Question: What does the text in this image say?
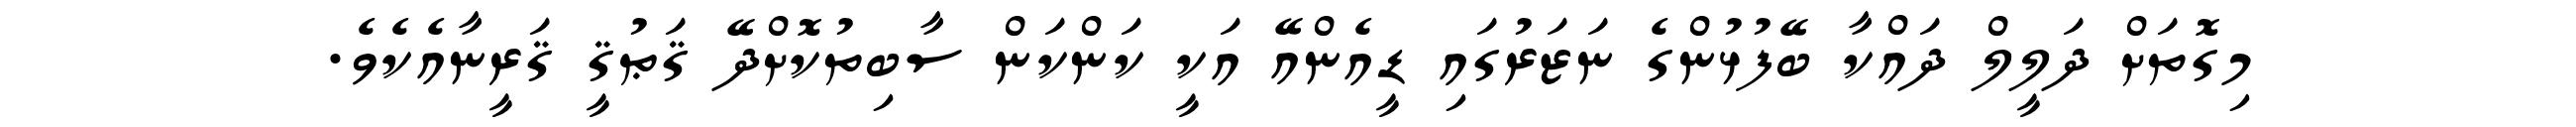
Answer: މިގޮތަށް ދަލީލް ދައްކާ ބޭފުޅުންގެ ނަޒަރުގައި ޑީއެންއޭ އަކީ ކަންކަން ސާބިތުކޮށްދޭ ޤަޠުޤީ ޤަރީނާއެކެވެ.